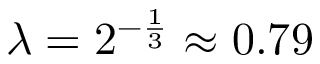
\lambda = 2 ^ { - \frac { 1 } { 3 } } \approx 0 . 7 9